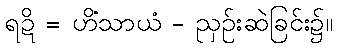
ရဍိ = ဟိံသာယံ - ညှဉ်းဆဲခြင်း၌။